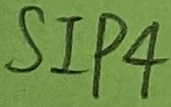
Text: SIP4